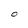
Character: O